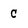
Character: c